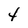
Character: t